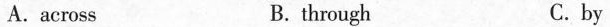
A.across B. through C.by